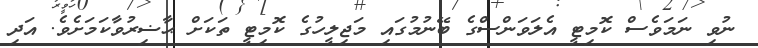
ނުވި ނަމަވެސް ކޮމިޓީ އެލަވަންސްގެ ބޭނުމުގައި މަޖިލީހުގެ ކޮމިޓީ ތަކަށް ޙާޟިރުވާކަމަށެވެ. އަދި